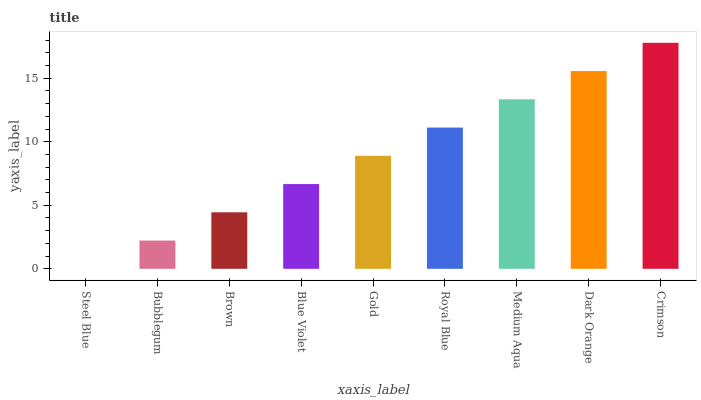
| xaxis_label | bars |
 | --- | --- |
 | Steel Blue | 0 |
 | Bubblegum | 2.22 |
 | Brown | 4.45 |
 | Blue Violet | 6.67 |
 | Gold | 8.89 |
 | Royal Blue | 11.1 |
 | Medium Aqua | 13.3 |
 | Dark Orange | 15.6 |
 | Crimson | 17.8 |